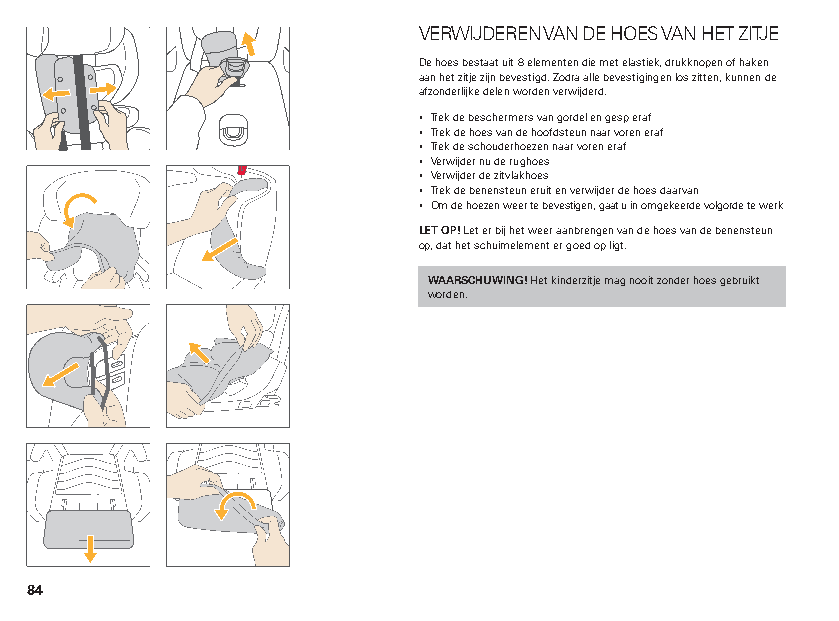
VERWIJDEREN VAN DE HOES VAN HET ZITJE
 De hoes bestaat uit 8 elementen die met elastiek, drukknopen of haken
 aan het zitje zijn bevestigd. Zodra alle bevestigingen los zitten, kunnen de
 afzonderlijke delen worden verwijderd.
 ▪ Trek de beschermers van gordel en gesp eraf
 ▪ Trek de hoes van de hoofdsteun naar voren eraf
 ▪ Trek de schouderhoezen naar voren eraf
 ▪ Verwijder nu de rughoes
 ▪ Verwijder de zitvlakhoes
 ▪ Trek de benensteun eruit en verwijder de hoes daarvan
 ▪ Om de hoezen weer te bevestigen, gaat u in omgekeerde volgorde te werk
 LET OP! Let er bij het weer aanbrengen van de hoes van de benensteun
 op, dat het schuimelement er goed op ligt.
 WAARSCHUWING! Het kinderzitje mag nooit zonder hoes gebruikt
 worden.
 84